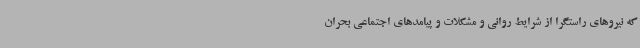
که نیروهای راستگرا از شرایط روانی و مشکلات و پیامدهای اجتماعی بحران